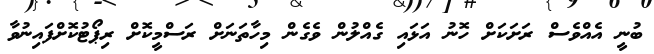
ބުނީ އެއްވެސް ރަށަކަށް ހޮނު އަޅައި ގެއްލުން ވެގެން މިހާތަނަށް ރަސްމީކޮށް ރިޕޯޓުކޮށްފައިނުވާ